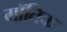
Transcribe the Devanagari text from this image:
गॉतिक